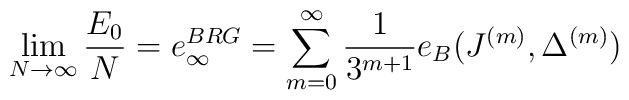
\lim _{N\rightarrow \infty} \frac{E_0}{N} =e^{BRG}_{\infty} =  \sum _{m=0}^{\infty} \frac{1}{3^{m+1}} e_B(J^{(m)},\Delta^{(m)})